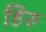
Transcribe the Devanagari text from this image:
हिरु